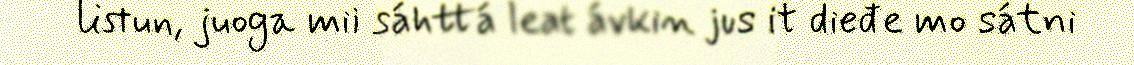
listun, juoga mii sáhttá leat ávkin jus it dieđe mo sátni